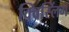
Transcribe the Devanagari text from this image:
क्विस्लिंग